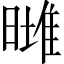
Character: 𣊌